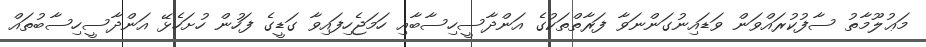
މަޢުލޫމާތު ސާފުކުރައްވަން ވަޑައިނުގަންނަވާ ފަރާތްތަކުގެ އަންދާސީހިސާބާއި ހަމަޖެހިފައިވާ ގަޑީގެ ފަހުން ހުށަހެޅޭ އަންދާސީހިސާބުތައް